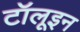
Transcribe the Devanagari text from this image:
टॉलूइन